Report on enteric fever
Disease focus: Fever
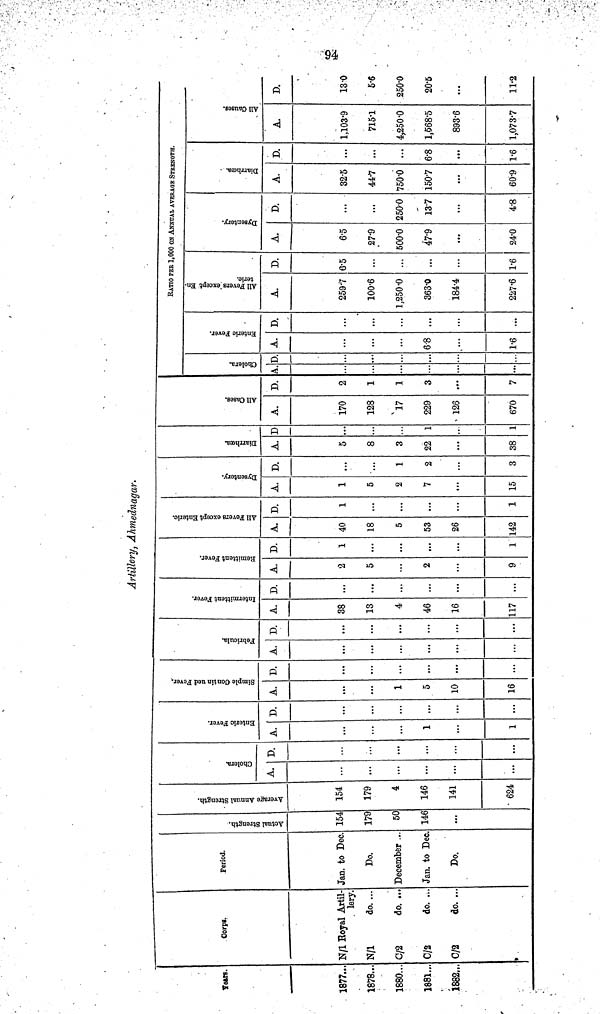
94
Artillery, Ahmednagar.
Years.
1877...
1878...
1880..
1881..
1882..
Corps.
N/1 Royal Artil-
lery.
N/1
do. ...
0/2
do. ..
0/2
do. ..
0/2
do. ..
Period.
Jan. to Dec.
Do.
December ..
Jan. to Dec
Do.
Actual Strength.
154
179
50
146
...
Average Annual Strength.
154
179
4
146
141
624
Cholera.
A.
...
...
...
...
...
...
D.
...
...
...
...
...
...
Enteric Fever.
A.
...
1
...
1
D.
...
...
...
...
Simple Continued Fever.
A.
1
5
10
16
D.
...
...
...
...
Febricula.
A.
...
...
...
...
D.
...
...
...
...
Intermittent Fever.
A.
38
13
4
46
16
117
D.
...
...
...
...
...
...
Remittent Fever.
A.
2
5
...
2
...
9
D.
1
...
...
...
...
1
All Fevers except Enteric.
A.
40
18
5
53
26
142
D.
1
...
...
...
1
Dysentery.
A.
1
5
2
15
D.
...
1
2
3
Diarrhoea.
A.
5
8
3
22
38
D
...
1
1
All Cases.
A.
170
128
17
229
126
670
D.
2
1
1
3
7
RATIO PER 1,000 ON ANNUAL AVERAGE STRENGTH.
Cholera.
A.
...
...
D.
...
...
...
Enteric Fever.
A.
...
...
6.8
1.6
D.
...
...
...
...
All Fevers except En-
teric.
A.
259.7
100.6
1,250.0
363.0
184.4
227.6
D.
6.5
...
...
...
1.6
Dysentery.
A.
6.5
27.9
500.0
47.9
24.0
D.
...
250.0
13.7
4.8
Diarrhœa.
A.
32.5
44.7
750.0
150.7
60.9
D.
...
...
6.8
1.6
All Causes.
A.
1,103.9
715.1
4,250.0
1,568.5
893.6
1,073.7
D.
13 0
5.6
250.0
20.5
...
11.2